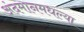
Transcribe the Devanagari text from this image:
अंदमानमधल्या